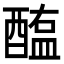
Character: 醢